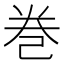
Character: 巻